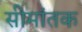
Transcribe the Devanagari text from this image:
सीमांतक